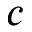
c